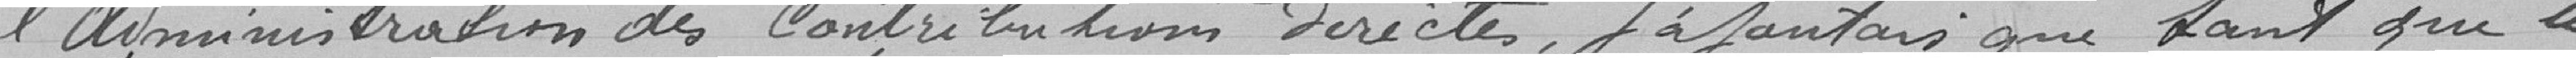
l'administration des Contributions directes. J'ajouterais que, tant que le